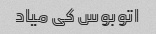
اتوبوس کی میاد